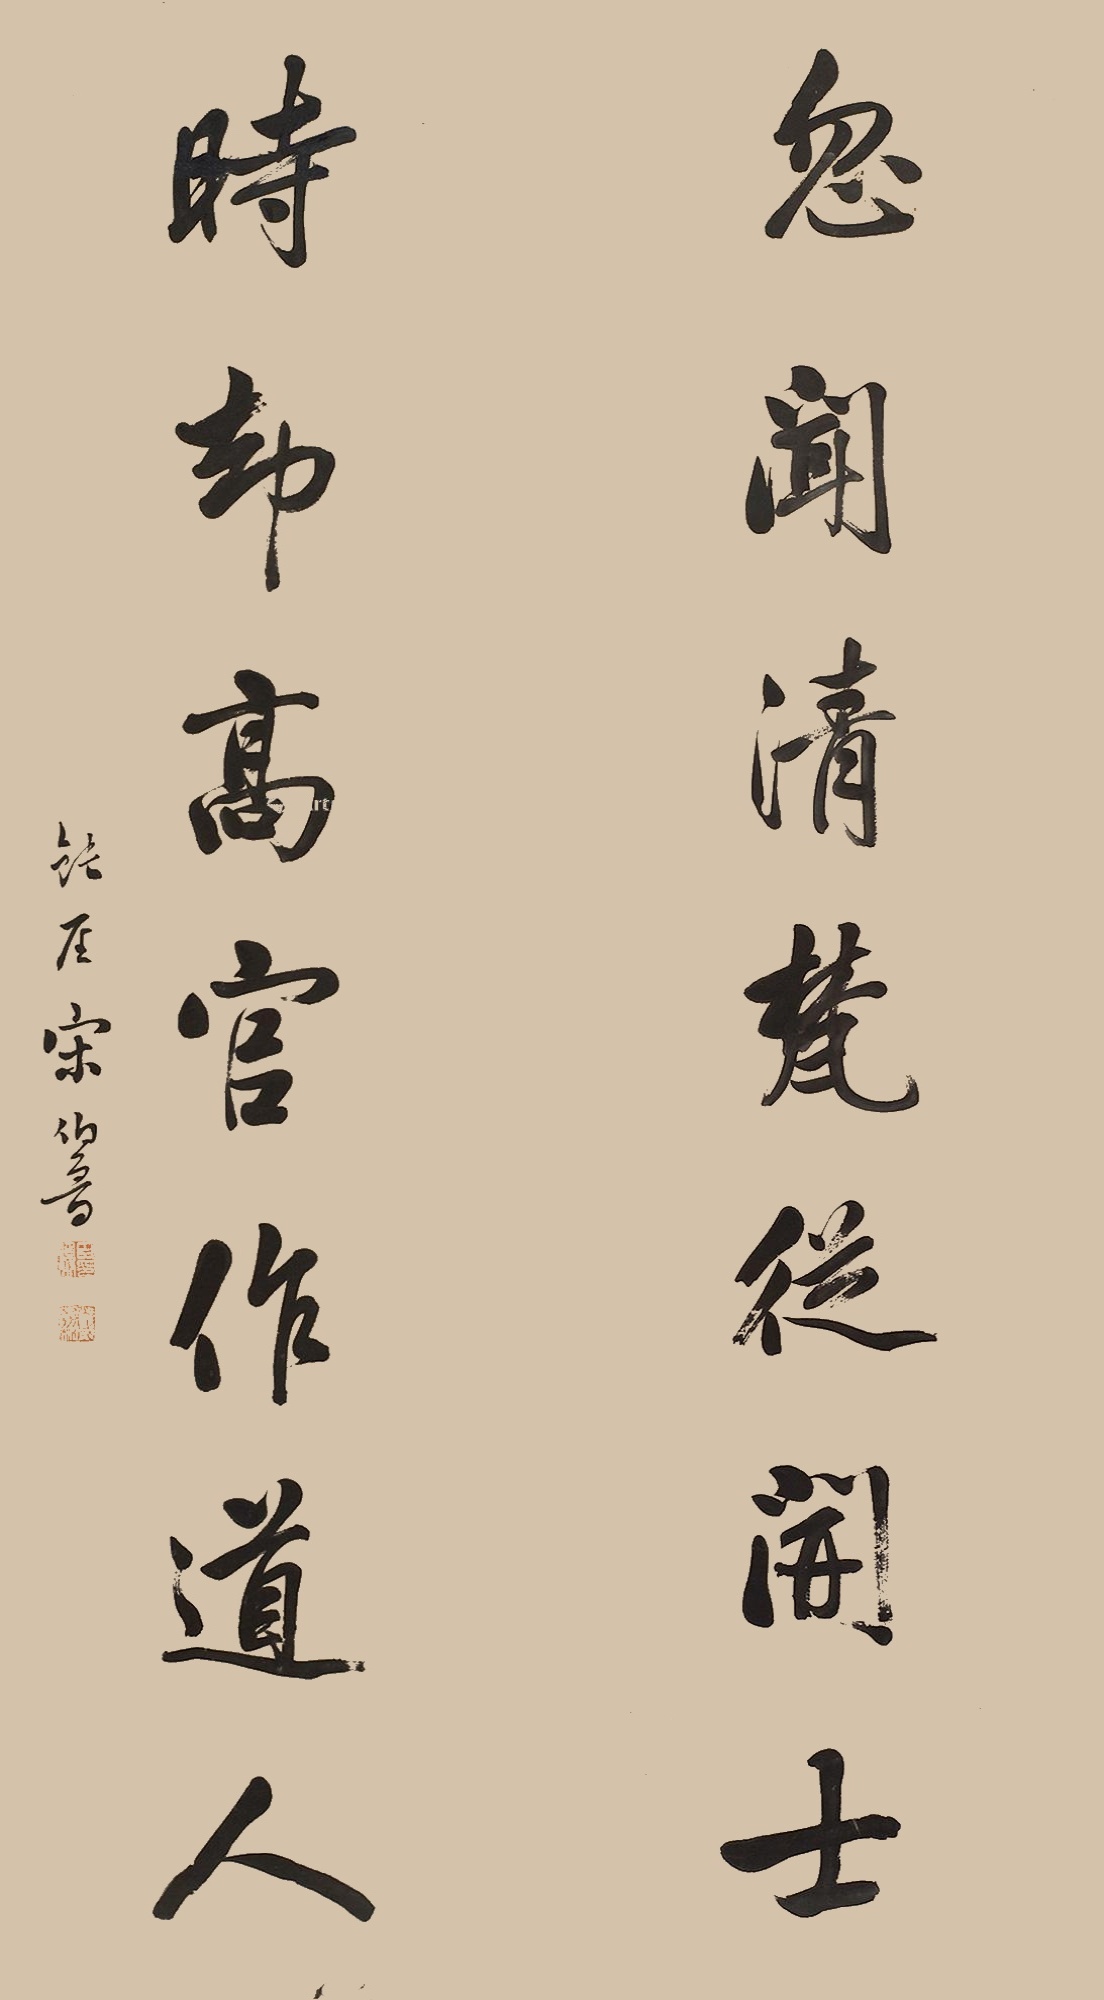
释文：忽闻清梵从开士，时却高官作道人。钝叟宋伯鲁。